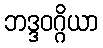
ဘဒ္ဒဝဂ္ဂိယာ